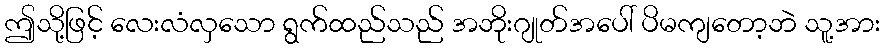
ဤသို့ဖြင့် လေးလံလှသော ရွက်ထည်သည် အဘိုးဂျုတ်အပေါ် ပိမကျတော့ဘဲ သူ့အား